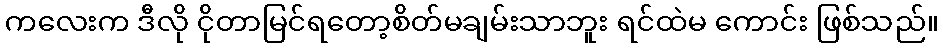
ကလေးက ဒီလို ငိုတာမြင်ရတော့စိတ်မချမ်းသာဘူး ရင်ထဲမ ကောင်း ဖြစ်သည်။